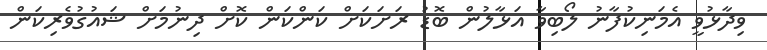
ވިދާޅުވީ އެމަނިކުފާނު ލޯބިވާ އަޅާލުން ބޮޑު ރަށަކަށް ކަންކަން ކޮށް ދިނުމަށް ޝައުގުވެރިކަން